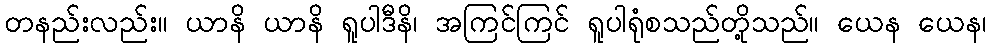
တနည်းလည်း။ ယာနိ ယာနိ ရူပါဒီနိ၊ အကြင်ကြင် ရူပါရုံစသည်တို့သည်။ ယေန ယေန၊